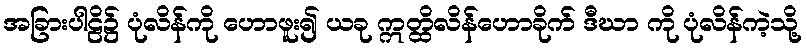
အခြားပါဠိ၌ ပုံလိန်ကို ဟောဖူး၍ ယခု ဣတ္ထိလိန်ဟောခိုက် ဒီဃာ ကို ပုံလိန်ကဲ့သို့